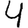
Digit: 4